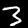
Digit: 3